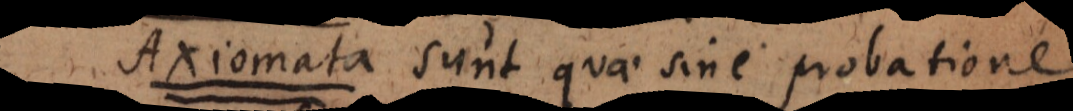
A sunt quae sine probatione